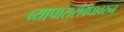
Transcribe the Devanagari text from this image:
व्यापारासंबंधावरुन